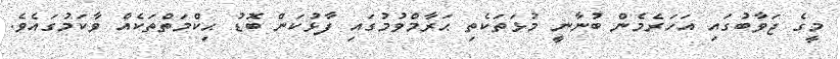
މީގެ ޖަވާބުގައި އަހަރެމެން ބުނާނީ މުޅަތަކެތި ޙަރާމްވުމުގައި ފާޅުކަން ބޮޑު ޙިކްމަތްތަކެއް ވާކަމުގައެވެ.